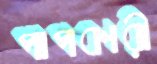
পাপকারী